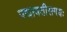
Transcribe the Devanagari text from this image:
पद्मावतीसमयः